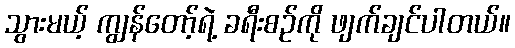
သွားမယ့် ကျွန်တော့်ရဲ့ ခရီးစဉ်ကို ဖျက်ချင်ပါတယ်။